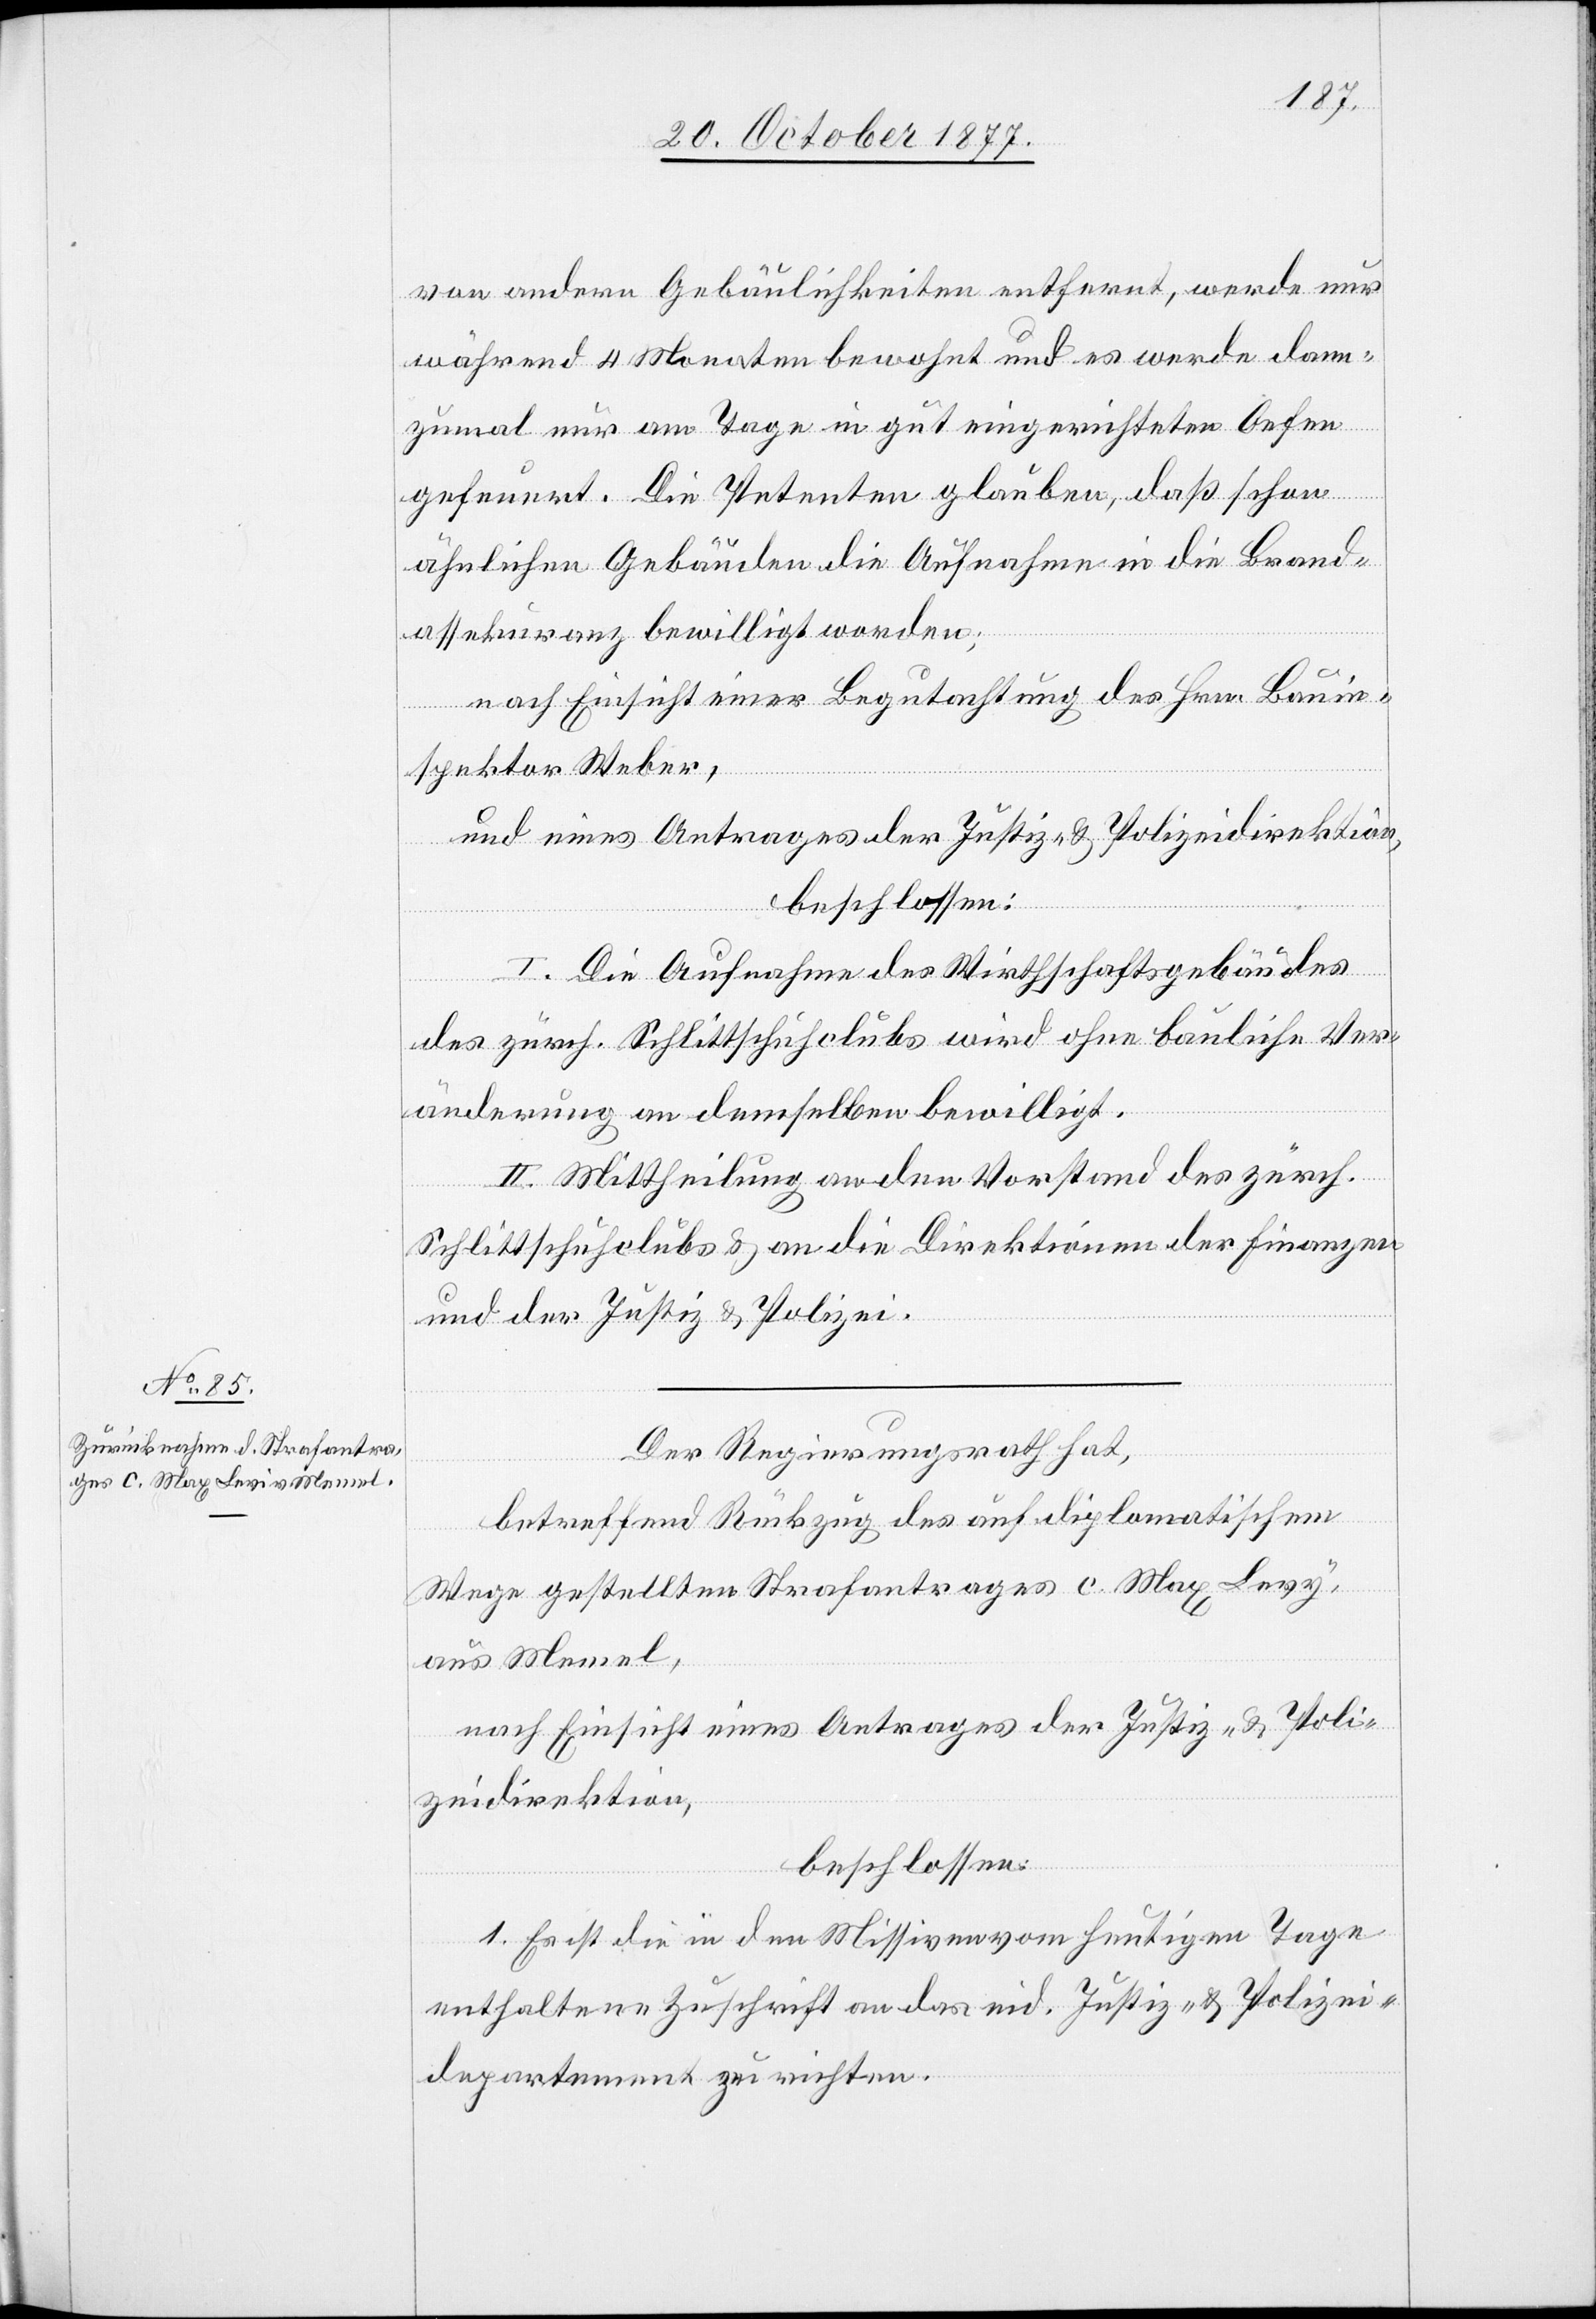
von andern Gebäulichkeiten entfernt, werde nur
während 4 Monaten bewohnt und es werde dann¬
zumal nur am Tage in gut eingerichteten Oefen
gefeuert. Die Petenten glauben, daß schon
ähnlichen Gebäuden die Aufnahme in die Brand¬
assekuranz bewilligt worden;
nach Einsicht einer Begutachtung des Hrn. Bauin¬
spektor Weber,
und eines Antrages der Justiz- & Polizeidirektion,
beschlossen:
I. Die Aufnahme des Wirthschaftsgebäudes
des zürch. Schlittschuhclubs wird ohne bauliche Ver¬
änderung an demselben bewilligt.
II. Mittheilung an den Vorstand des zürch.
Schlittschuhclubs & an die Direktionen der Finanzen
und der Justiz & Polizei.
Der Regierungsrath hat,
betreffend Rückzug des auf diplomatischem
Wege gestellten Strafantrages c. Max Levy
aus Memel,
nach Einsicht eines Antrages der Justiz- & Poli¬
zeidirektion,
beschlossen:
1. Es ist die in den Missiven vom heutigen Tage
enthaltene Zuschrift an das eid. Justiz- & Polizei¬
departement zu richten.